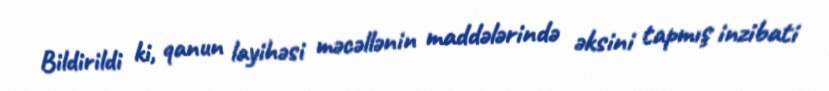
Bildirildi ki, qanun layihəsi məcəllənin maddələrində əksini tapmış inzibati